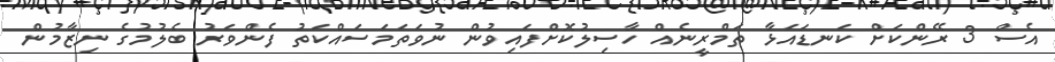
އެސް 3 ރޭންކަށް ކަނޑައަޅާ ތަމްރީނެއް ހާސިލުކޮށްފައިވުން ނުވަތަމަސައްކަތު ފެންވަރު ބެލުމުގެ ނިޒާމުން